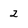
Character: 2